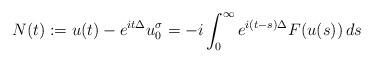
LaTeX: \begin{align*}N(t) := u(t)-e^{it\Delta}u_0^\sigma = -i\int_0^\infty e^{i(t-s)\Delta}F(u(s))\,ds\end{align*}